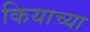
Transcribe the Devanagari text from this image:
कियाच्या